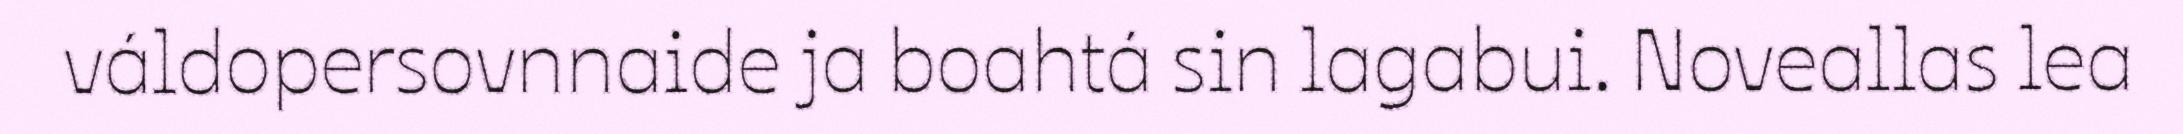
váldopersovnnaide ja boahtá sin lagabui. Noveallas lea